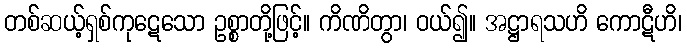
တစ်ဆယ့်ရှစ်ကုဋေသော ဥစ္စာတို့ဖြင့်။ ကိဏိတွာ၊ ဝယ်၍။ အဋ္ဌာရသဟိ ကောဋီဟိ၊